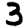
Digit: 3